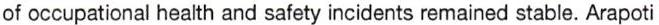
of occupational health and safety incidents remained stable. Arapoti